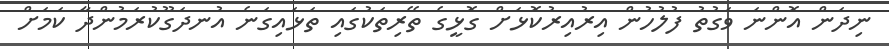
ނިދަން އޮންނަ ވަގުތު ފުލުހުން އިރުއިރުކޮޅަށް ގޮޅީގެ ތޭރިތަކުގައި ތަޅައިގަނެ އުނދަގޫކުރަމުންދާ ކަމަށް